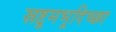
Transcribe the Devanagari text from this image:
स्रष्टुमभूदिच्छा